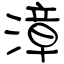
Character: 漳